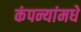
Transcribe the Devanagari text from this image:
कंपन्यांमधे